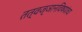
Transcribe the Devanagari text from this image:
तत्वज्ञानविषयांचा